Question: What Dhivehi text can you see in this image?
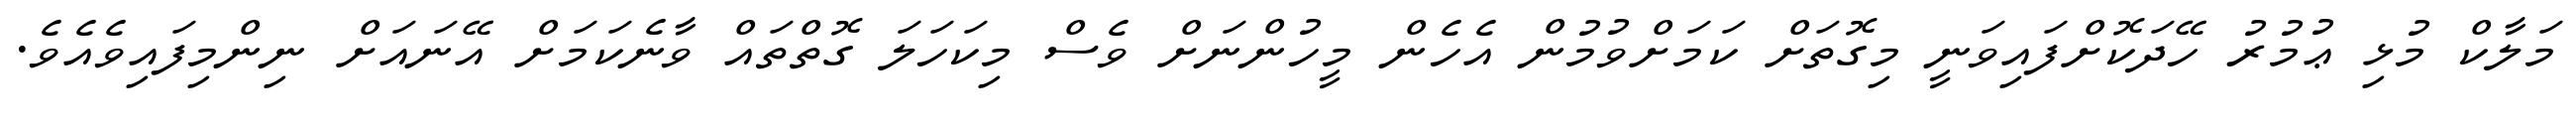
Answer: މަލާކް މުޅި ޢުމުރު ހޭދަކޮށްފައިވަނީ މިގޮތަށް ކަމަށްވުމުން އެހެން މީހުންނަށް ވެސް މިކަހަލަ ގޮތްތައް ވާނެކަމަށް އޭނައަށް ނިންމިފައިވެއެވެ.